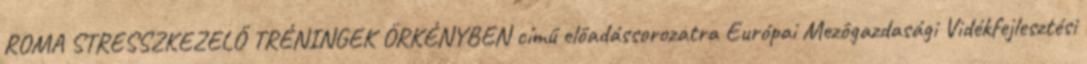
ROMA STRESSZKEZELŐ TRÉNINGEK ÖRKÉNYBEN című előadássorozatra Európai Mezôgazdasági Vidékfejlesztési